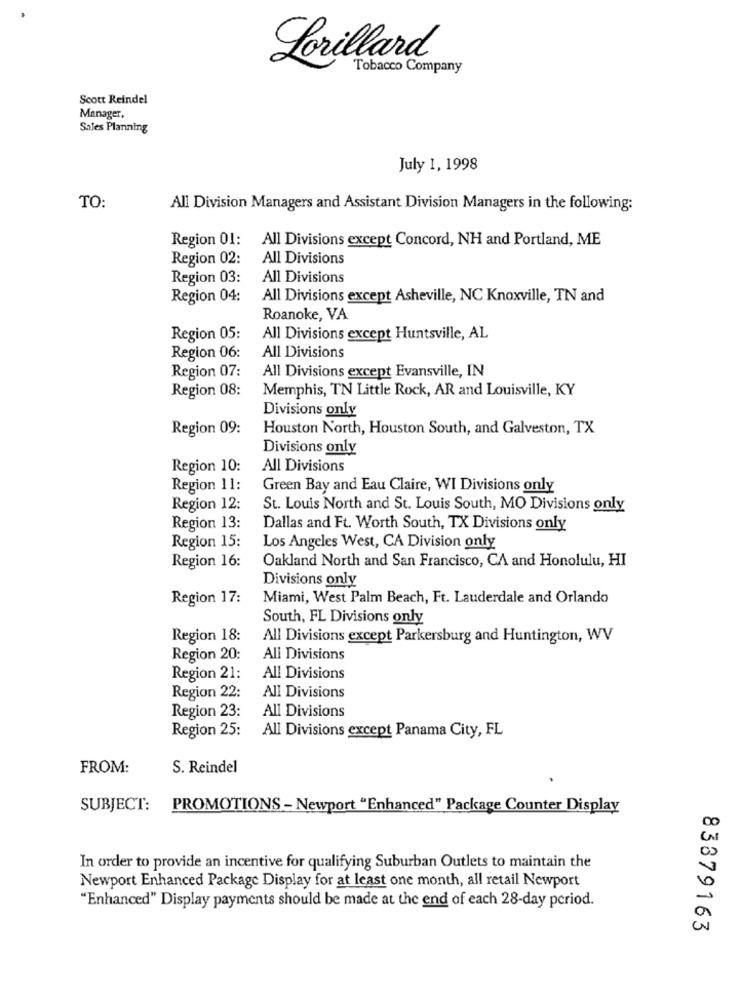
Lorillard
Tobacco Company
Scott Reindel
Manager,
Sales Planning
July 1, 1998
TO:
All Division Managers and Assistant Division Managers in the following:
Region 01:
All Divisions except Concord, NH and Portland, ME
Region 02:
All Divisions
Region 03:
All Divisions
Region 04:
All Divisions except Asheville, NC Knoxville, TN and
Roanoke, VA
Region 05:
All Divisions except Huntsville, AL
Region 06:
All Divisions
Region 07:
All Divisions except Evansville, IN
Region 08:
Memphis, TN Little Rock, AR and Louisville, KY
Divisions only
Region 09:
Houston North, Houston South, and Galveston, TX
Divisions only
Region 10:
All Divisions
Region 11:
Green Bay and Eau Claire, WI Divisions only
Region 12:
St. Louis North and St. Louis South, MO Divisions only
Region 13:
Dallas and Ft. Worth South, TX Divisions only
Region 15:
Los Angeles West, CA Division only
Region 16:
Oakland North and San Francisco, CA and Honolulu, HI
Divisions only
Region 17:
Miami, West Palm Beach, Ft. Lauderdale and Orlando
South, FL Divisions only
Region 18:
All Divisions except Parkersburg and Huntington, WV
Region 20:
All Divisions
Region 21:
All Divisions
Region 22:
All Divisions
Region 23:
All Divisions
All Divisions except Panama City, FL
Region 25:
FROM:
S. Reindel
SUBJECT: PROMOTIONS- Newport "Enhanced" Package Counter Display
In order to provide an incentive for qualifying Suburban Outlets to maintain the
Newport Enhanced Package Display for at least one month, all retail Newport
"Enhanced" Display payments should be made at the end of each 28-day period.
83379163